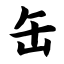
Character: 缶